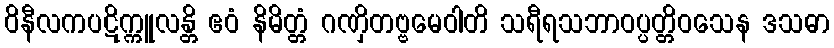
ဝိနီလကပဋိက္ကူလန္တိ ဧဝံ နိမိတ္တံ ဂဏှိတဗ္ဗမေဝါတိ သရီရသဘာဝပ္ပတ္တိဝသေန ဒသဓာ